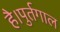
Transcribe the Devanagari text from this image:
है।पुर्तगाल